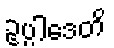
ဥပ္ပါဒေတိ